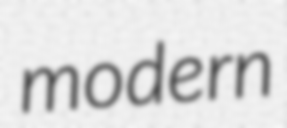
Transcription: modern